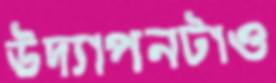
উদ্যাপনটাও